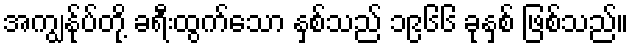
အကျွန်ုပ်တို့ ခရီးထွက်သော နှစ်သည် ၁၉၆၆ ခုနှစ် ဖြစ်သည်။